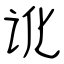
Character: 讹